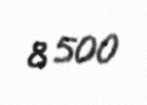
8 500